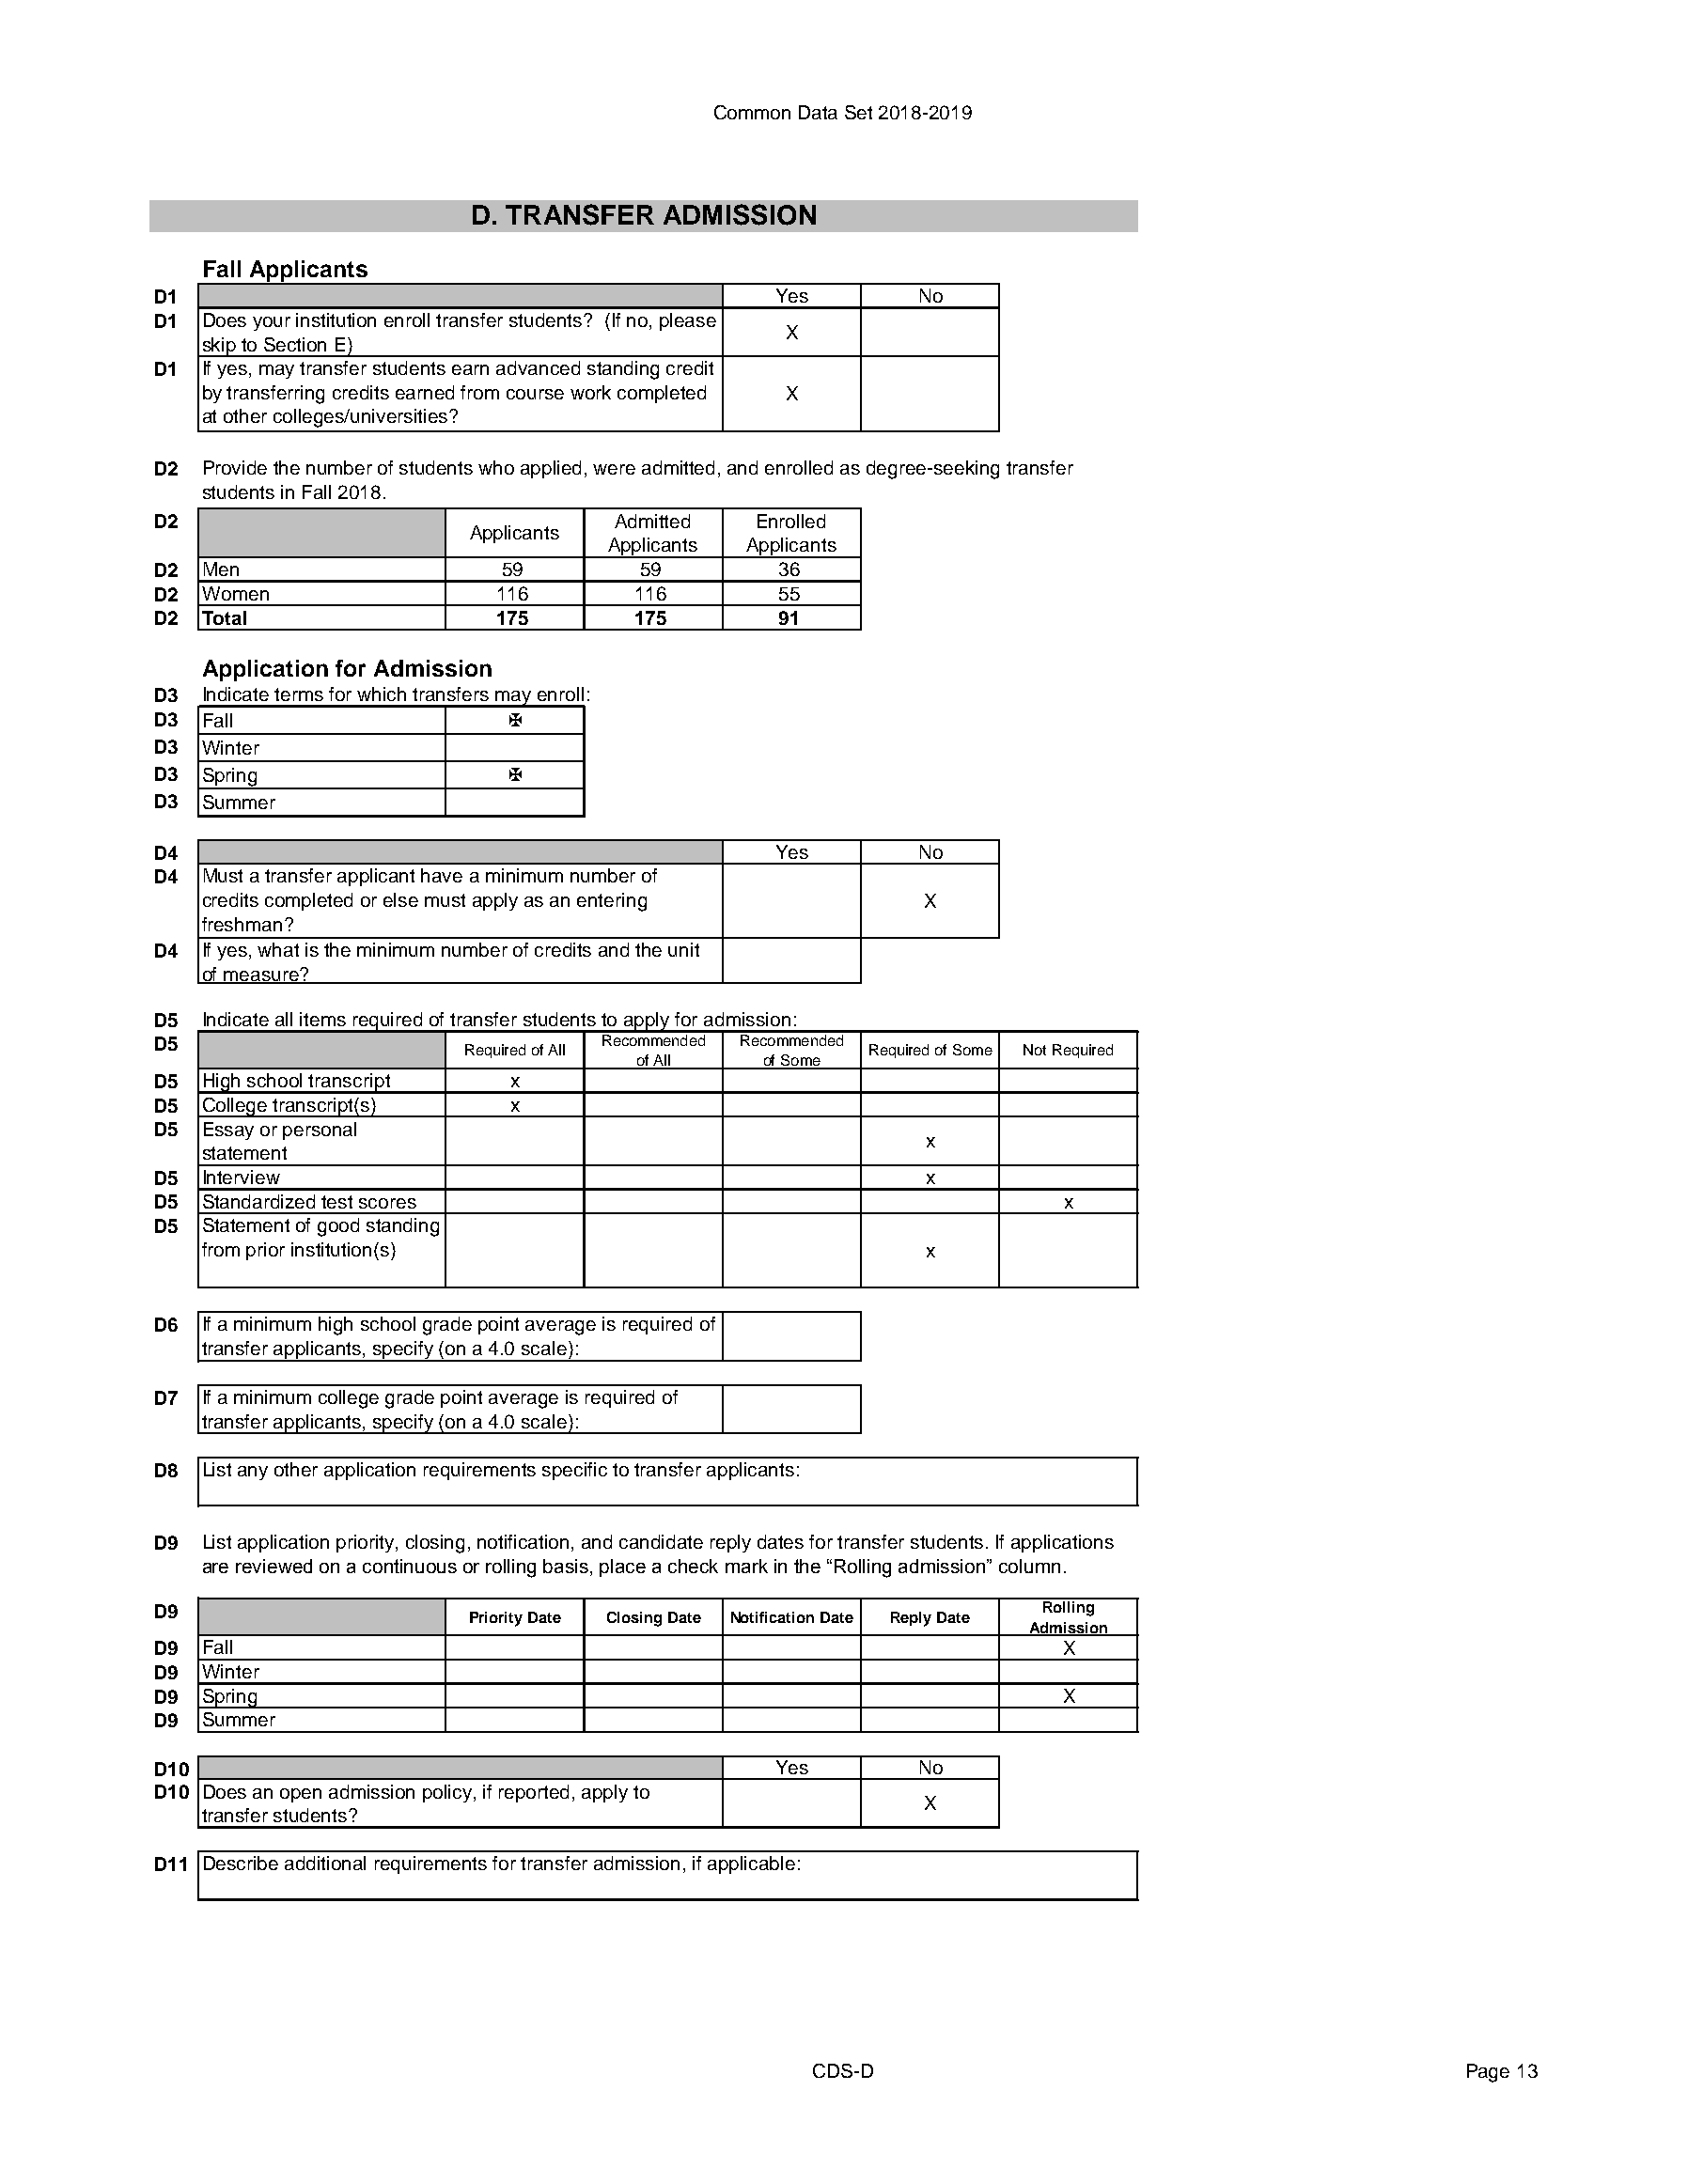
Common Data Set 2018-2019
 D. TRANSFER   ADMISSION
 Fall Applicants
 D1                                          Yes       No
 D1 Does your institution enroll transfer students? (If no, please
 X
 skip to Section E)
 D1 If yes, may transfer students earn advanced standing credit
 by transferring credits earned from course work completed X
 at other colleges/universities?
 D2 Provide the number of students who applied, were admitted, and enrolled as degree-seeking transfer
 students in Fall 2018.
 D2                              Admitted  Enrolled
 Applicants
 Applicants Applicants
 D2 Men                  59        59        36
 D2 Women                116       116       55
 D2 Total                175       175       91
 Application for Admission
 D3 Indicate terms for which transfers may enroll:
 D3 Fall                  X
 D3 Winter
 D3 Spring                X
 D3 Summer
 D4                                          Yes       No
 D4 Must a transfer applicant have a minimum number of
 credits completed or else must apply as an entering X
 freshman?
 D4 If yes, what is the minimum number of credits and the unit
 of measure?
 D5 Indicate all items required of transfer students to apply for admission:
 D5                             Recommended Recommended
 Required of All             Required of Some Not Required
 of All   of Some
 D5 High school transcript x
 D5 College transcript(s) x
 D5 Essay or personal
 x
 statement
 D5 Interview                                          x
 D5 Standardized test scores                                     x
 D5 Statement of good standing
 from prior institution(s)                          x
 D6 If a minimum high school grade point average is required of
 transfer applicants, specify (on a 4.0 scale):
 D7 If a minimum college grade point average is required of
 transfer applicants, specify (on a 4.0 scale):
 D8 List any other application requirements specific to transfer applicants:
 D9 List application priority, closing, notification, and candidate reply dates for transfer students. If applications
 are reviewed on a continuous or rolling basis, place a check mark in the “Rolling admission” column.
 D9                                                            Rolling
 Priority Date Closing Date Notification Date Reply Date
 Admission
 D9 Fall                                                         X
 D9 Winter
 D9 Spring                                                       X
 D9 Summer
 D10                                         Yes       No
 D10 Does an open admission policy, if reported, apply to
 X
 transfer students?
 D11 Describe additional requirements for transfer admission, if applicable:
 CDS-D                                         Page 13